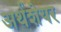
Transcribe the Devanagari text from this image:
अर्थशेयर